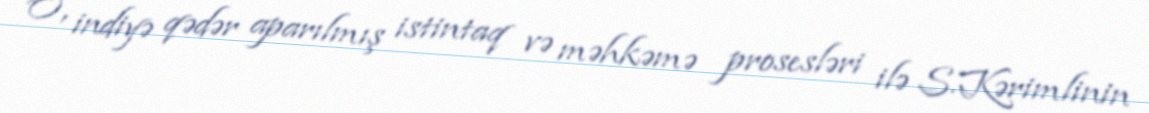
O, indiyə qədər aparılmış istintaq və məhkəmə prosesləri ilə S.Kərimlinin